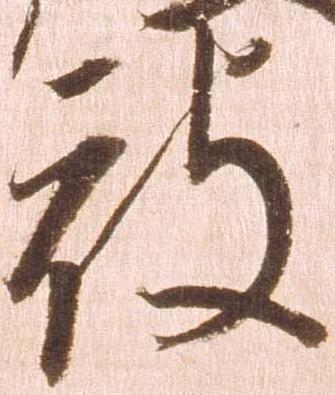
被